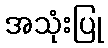
အသုံးပြု